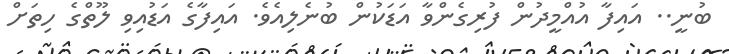
ބުނީ.. އައިފާ އުއްމީދުން ފުރިގެންވާ އަޑަކުން ބުނެލިއެވެ. އައިފާގެ އަޑުއިވި ލޫތްގެ ހިތަށް